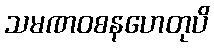
သမဏဝစနဟေတုပိ